Leaving Certificate Examination, 1911
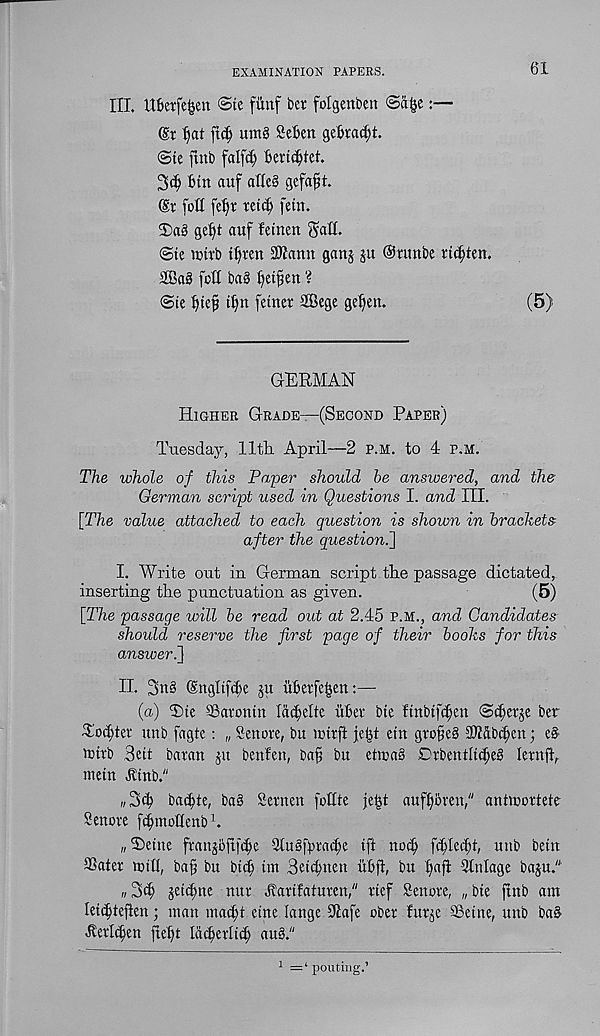
EXAMINATION PAPERS.
61
III. Ubetfefcen ©te fiinf ber folgenben ©a§e:—
(St Ijat
untg SeBen ge^rat^t.
©te ftnb falfd) bei'ic^fet.
Bin auf alle§ gefafjt.
(St fofl fef)P retd) fetn.
2)a§ ge^)t auf fetnen
©te tctrb i^ren 3Wann ganj §u ®nmbe ri^ten,
Sa§ foil ba§ ^et^en ?
©te Bte^ i^n fetner ®ege gdjen.
(5)
GERMAN
Higher Grade—(Second Paper)
Tuesday, 11th April—2 p.m. to 4 p.m.
The whole of this Paper should be answered, and the
German script used in Questions I. and III.
[T/ie value attached to each question is shown in brackets
after the question.']
I. Write out in German script the passage dictated,
inserting the punctuation as given.
(5)
\The passage will be read out at 2.45 p.m., and Candidates
should reserve the first page of their books for this
answer.]
II. 3n§ ©ngltfdje ju iiBerfc^en:—
(a) Tie SSarontn [adylte iiBer bte fmbtfdjen ©djetje ber
Todjter unb fagte: „ Senore, bn icirft je^t etn groBe§ 3W&b(^en; e§
mirb Beit baran pt benfett, bat; bu ettpaS Crbentltd)e§ lent ft,
mein Htnb."
„3iB bacf)te, ba§ Semen fottte je^t auffibven," antmcrtete
Senore ft^mohenb 1 .
„ Seine jtanjBfif^e SiuSftiradte ift no^ f(^led;t, nub bein
Slater mitt, ba§ bu btc| im Beii^nen ubjt, bu Ifafi Stnlage baju."
jeidtne nur Aarifaturen," rief Senore, „bie ftnb am
leitBtejlen; man mad)t cine lange DIafe ober fur^e Seine, unb ba&
'Kerlcfen ftef)t [adterlid; au§."
1 =‘pouting.’